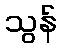
သွန်